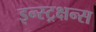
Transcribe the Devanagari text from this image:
इन्स्ट्रक्षन्स